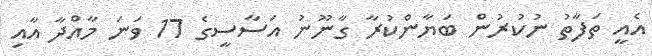
އެއީ ތަފާތު ނުކުރުން ބަޔާންކުރާ ގާނޫނު އަސާސީގެ 17 ވަނަ މާއްދާ އާއި